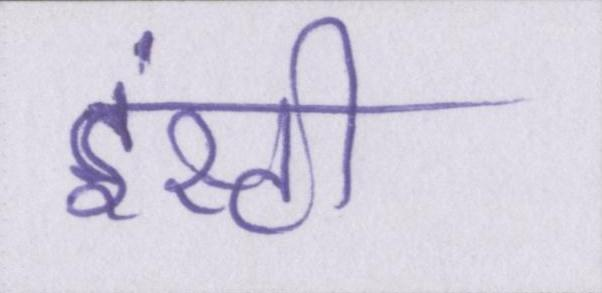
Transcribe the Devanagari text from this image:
इंस्टी